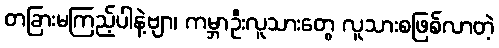
တခြားမကြည့်ပါနဲ့ဗျာ၊ ကမ္ဘာဦးလူသားတွေ လူသားစဖြစ်လာတဲ့